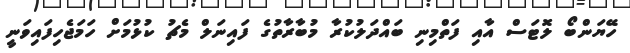
ހޭޔަންބޯ ލޮޓަސް އާއި ފަތްމިނި ބައްދަލުކުރާ މުބާރާތުގެ ފައިނަލް މެޗު ކުޅުމަށް ހަމަޖެހިފައިވަނީ